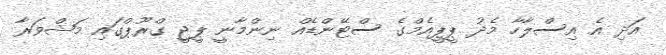
އަދި އެ އިސްލާހާ މެދު ޕީޕީއެމްގެ ސްޓޭންޑެއް ނިންމާނީ ޕީޖީ ގްރޫޕްގައި މަޝްވަރާ